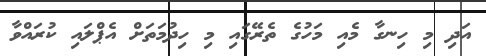
އަދި މި ހިނގާ މެއި މަހުގެ ތެރޭގައި މި ހިދުމަތަށް އެޕްލައި ކުރައްވާ